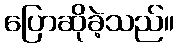
ပြောဆိုခဲ့သည်။